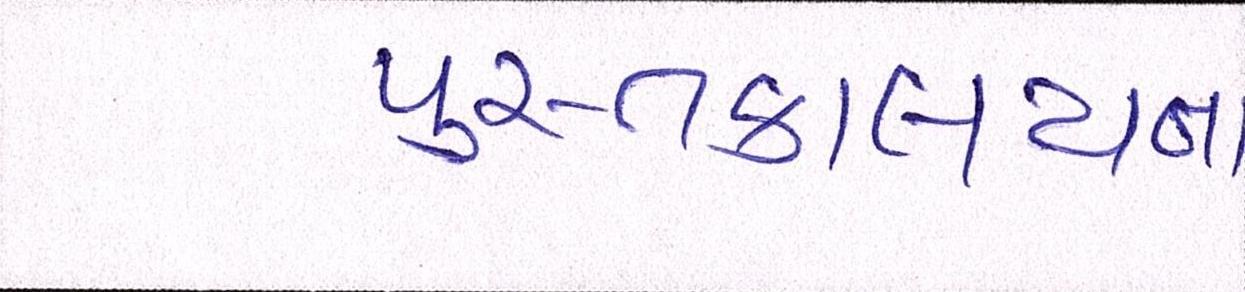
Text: પુસ્તકાલયના